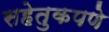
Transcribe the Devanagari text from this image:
सहेतुकपणे